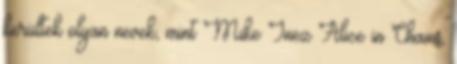
kerültek olyan nevek, mint Mike Inez Alice in Chains,